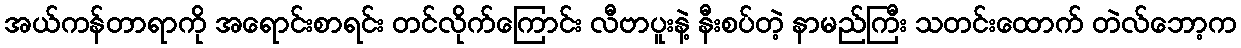
အယ်ကန်တာရာကို အရောင်းစာရင်း တင်လိုက်ကြောင်း လီဗာပူးနဲ့ နီးစပ်တဲ့ နာမည်ကြီး သတင်းထောက် တဲလ်ဘော့က